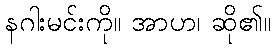
နဂါးမင်းကို။ အာဟ၊ ဆို၏။